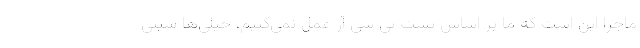
ماجرا این است که ما بر اساس تست پی سی آر عمل نمی‌کنیم، خیلی‌ها سیتی